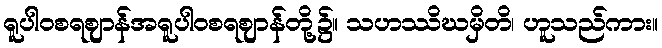
ရူပါဝစရဈာန်အရူပါဝစရဈာန်တို့၌။ သဟဿိဃမှိတိ၊ ဟူသည်ကား။